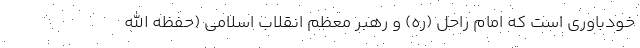
خودباوری است که امام راحل (ره) و رهبر معظم انقلاب اسلامی (حفظه الله